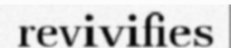
revivifies